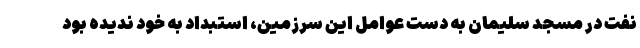
نفت در مسجد سلیمان به دست عوامل این سرزمین، استبداد به خود ندیده بود